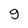
Character: g